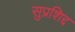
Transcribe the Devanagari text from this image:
सुप्रशिद्द